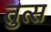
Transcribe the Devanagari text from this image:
तुत्स